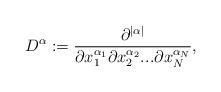
LaTeX: \begin{align*} D^{\alpha} := \frac{\partial^{|\alpha|}}{\partial x_1^{\alpha_1} \partial x_2^{\alpha_2}...\partial x_N^{\alpha_N}},\end{align*}